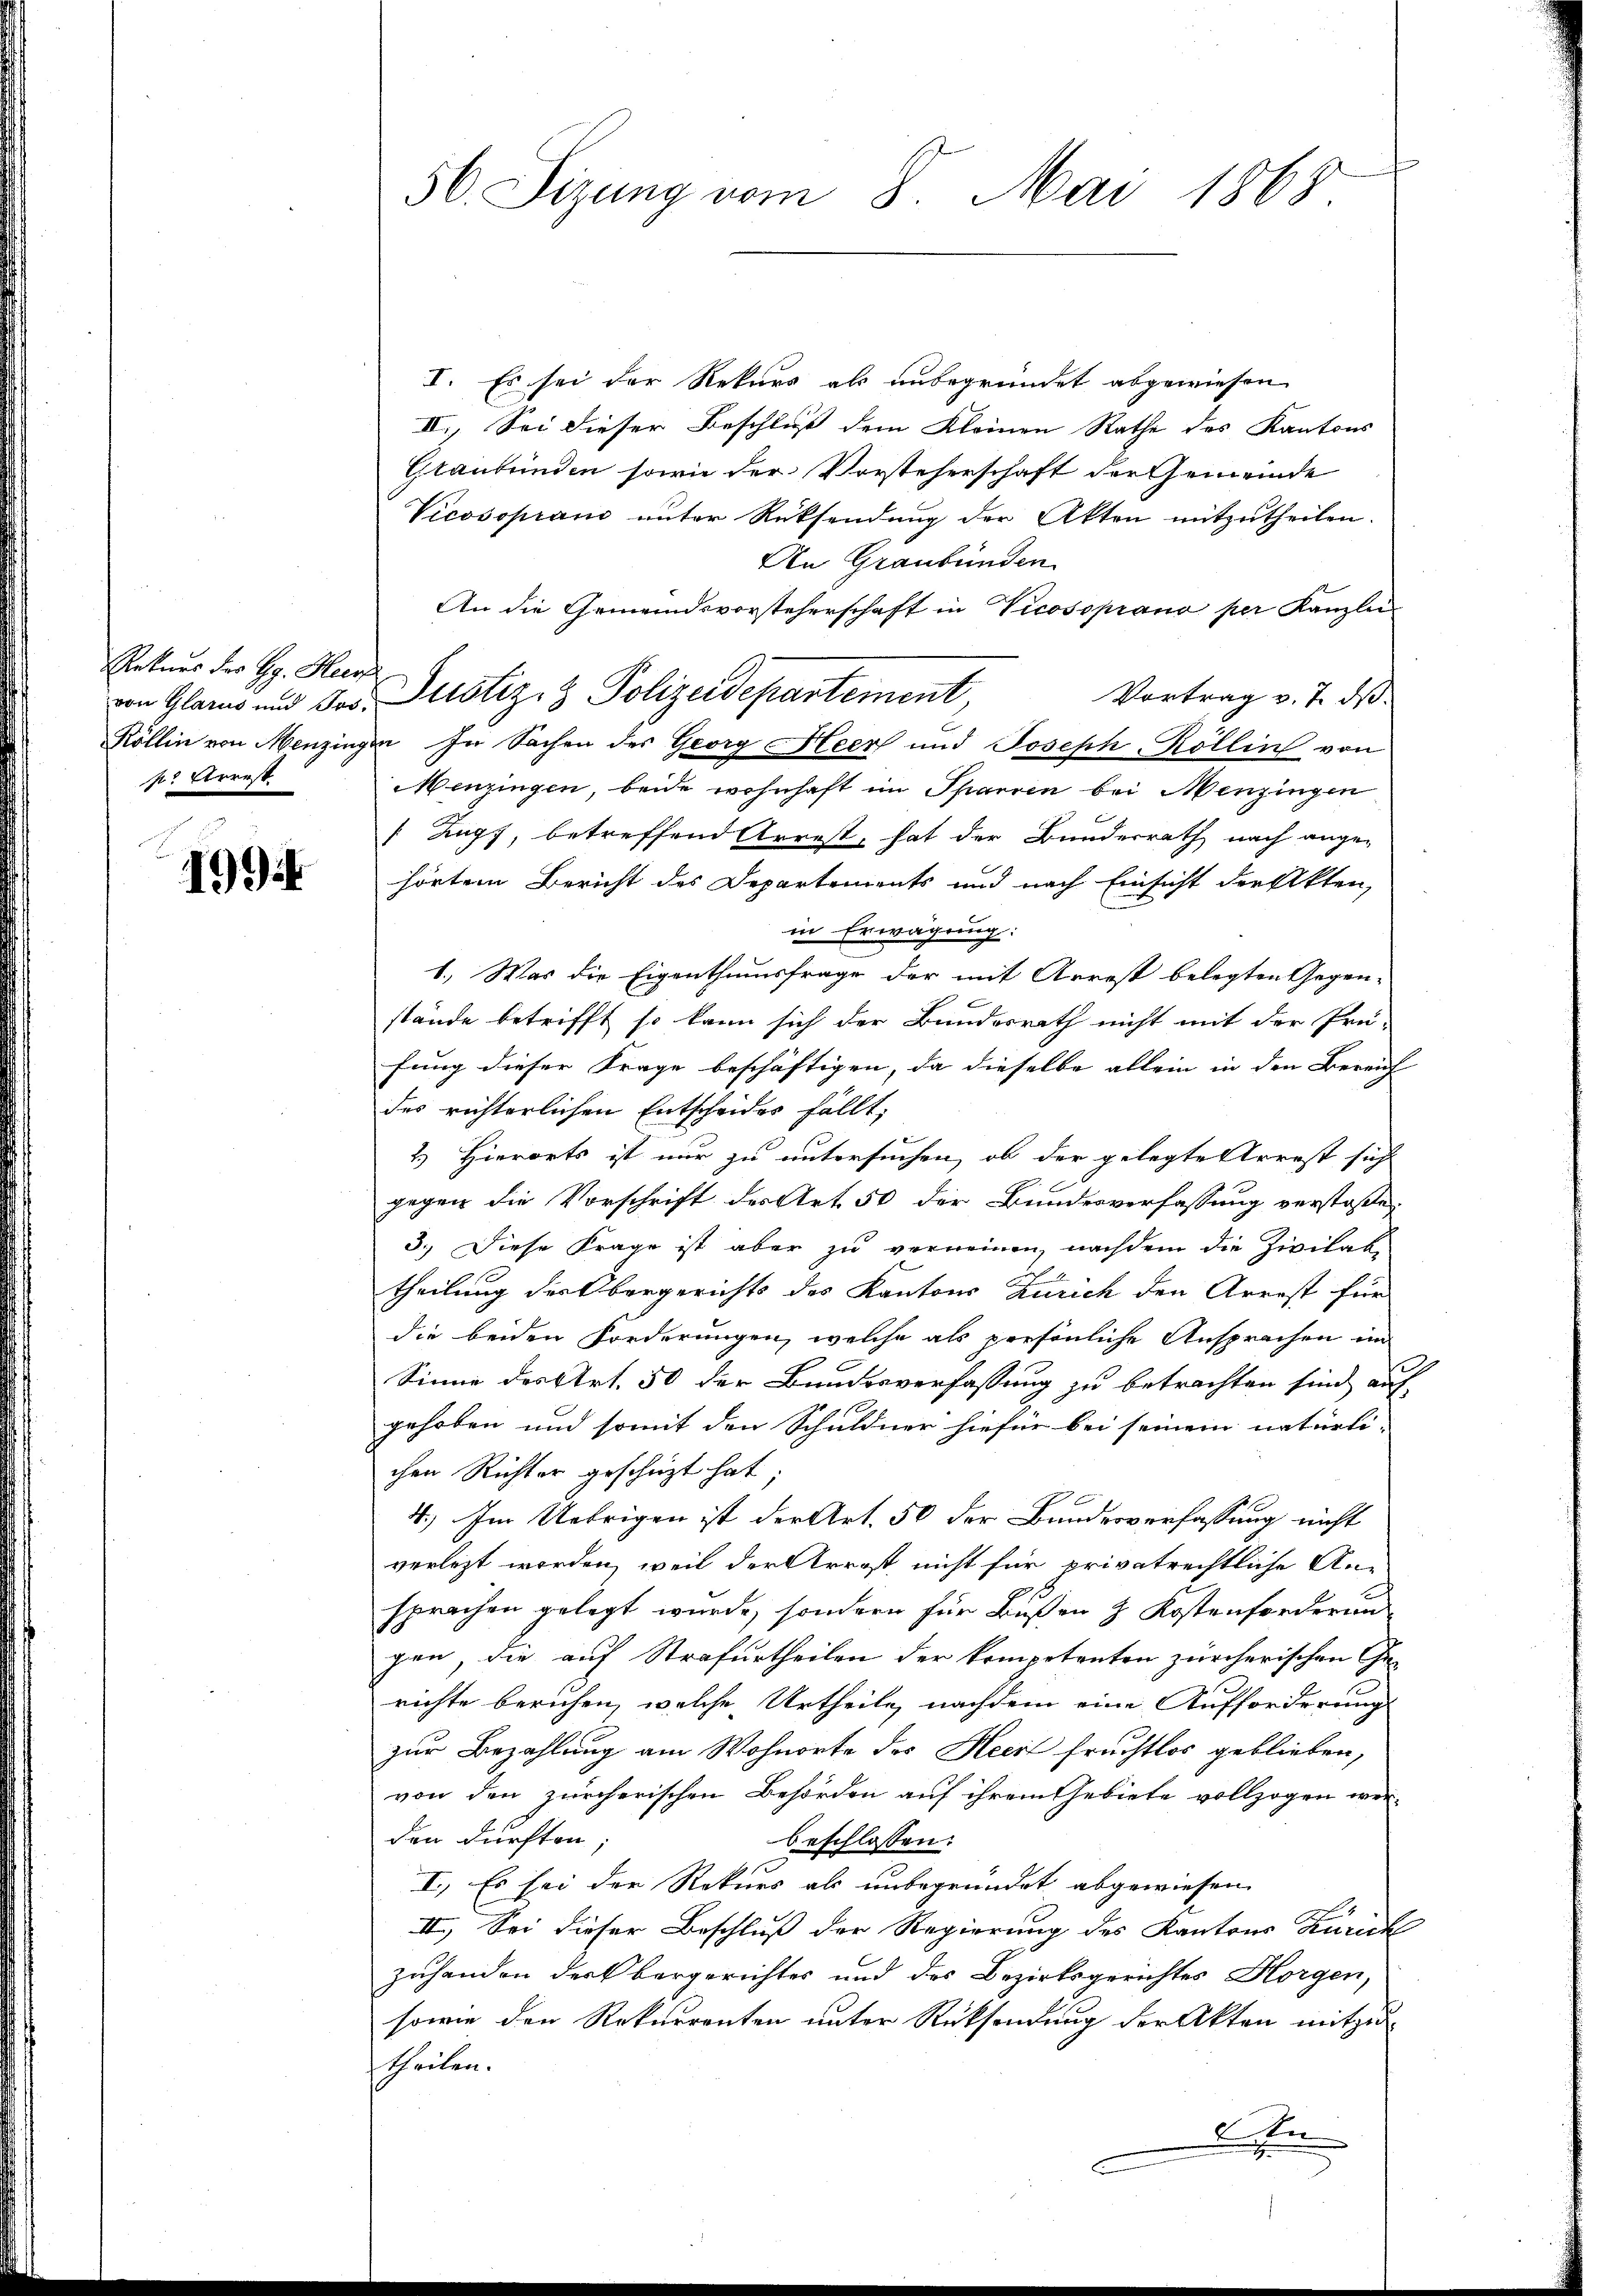
Rekurs des Gg. Herre
von Glarus und Jos.
Röllin von Menzing
s: Arrest

1994

56. Sizung vom 8. Mai 1868

I. Es sei der Rekurs als unbegründet abgewiesen
II., Sei dieser Beschluß dem Kleinen Rathe des Kantons
Glaubenden sowie der Vorsteherschaft der Gemeinde
Vicosoprano unter Rücksendung der Akten mitzutheilen.
An Graubünden
An die Gemeindsvorsteherschaft in Vicossprano per Kanzlei-
Justiz- & Polizeidepartement
Vortrag v. 7. ds.
u. In Sachen des Georg Heer und Joseph-Köllin von
Menzingen, beide wohnhaft im Sparren bei Menzingen
[Zugs, betreffend Arrest, hat der Bunderrath nach ange-
hörten Bericht des Departements und nach Einsicht der Akten,
in Erwägung:
1.) Was die Eigenthumsfrage der mit Arrest belegten Gegen-
stände betrifft, so kann sich der Bundesrath nicht mit der Prü-
fung dieser Frage beschäftigen, da dieselbe allein in den Bereich
des richterlichen Entscheides fällt,
2) Hierorts ist nur zu untersuchen, ob der gelegte Arrest sich
gegen die Vorschrift der Art. 50 der Bundesverfassung verstoßen
3.) Diese Frage ist aber zu verneinen, nachdem die Zivilab
.
theilung der Obergerichts des Kantons Zürich den Arrest für
die beiden Forderungen, welche als persönliche Ansprachen im
Sinne des Art. 50 der Bundesverfassung zu betrachten sind auf
gehoben und somit den Schuldner hiefür bei seinem natürli-
chen Richter geschüzt hat;
4.) Im Uebrigen ist der Art. 50 der Bundesverfassung nicht
verletzt worden, weil der Arrost nicht für privatrechtliche An-
2
sprachen gelegt wurde, sondern für Bußen 3 Kostenforderun
gen, die auf Strafurtheilen der kompetenten zürcherischen Ge¬
J
richte beruhen, welche Urtheile, nachdem eine Aufforderung
zur Bezahlung am Wohnorte des Heert fruchtlos geblieben,
von den zürcherischen Behörden auf ihrem Gebiete vollzogen wer-
den dürften;
beschlossen:
I. Es sei der Rekurs als unbegründet abgewiesen.
.
II. Sei dieser Beschluß der Regierung des Kantons Zürich
zuhanden der bergerichtes und des Bezirksgerichtes Horgen,
sowie den Rekurrenten unter Rücksendung der Akten mitzutheilen.
A er